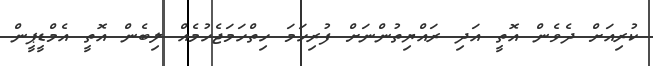
ކުރިއަށް ދެވެން އޮތީ އަދި ރައްޔިތުންނަށް ފުރިހަމަ ހިތްހަމަޖެހުމެއް ލިބެން އޮތީ އެމްޑީޕީން